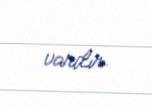
vardır.